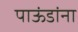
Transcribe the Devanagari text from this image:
पाऊंडांना